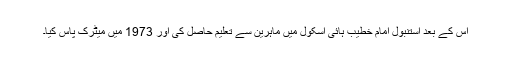
اس کے بعد استنبول امام خطیب ہائی اسکول میں ماہرین سے تعلیم حاصل کی اور 1973 میں میٹرک پاس کیا۔